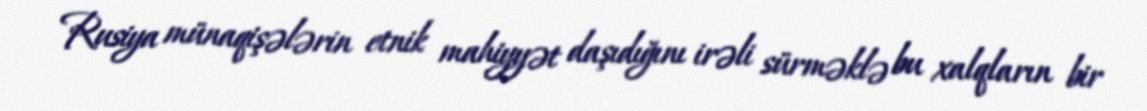
Rusiya münaqişələrin etnik mahiyyət daşıdığını irəli sürməklə bu xalqların bir